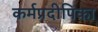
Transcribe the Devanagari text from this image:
कर्मप्रदीपिका